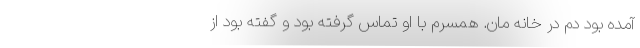
آمده بود دم در خانه مان. همسرم با او تماس گرفته بود و گفته بود از